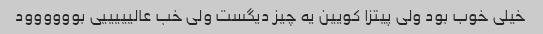
خیلی خوب بود ولی پیتزا کویین یه چیز دیگست ولی خب عالیییییی بوووووود